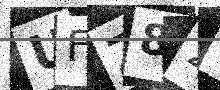
Text: UFZ82V